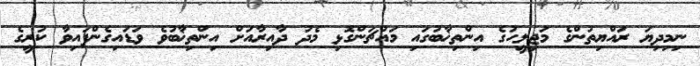
ނިމިދިޔަ ރައްޔިތުންގެ މަޖިލީހުގެ އިންތިޚާބުގައި މައްޗަންގޮޅި މެދު ދާއިރާއަށް އިންތިޚާބުވެ ވަޑައިގެންފައިވާ ކުރީގެ